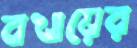
বখায়ের